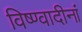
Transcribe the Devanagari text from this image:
विष्ण्वादीनां